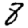
Digit: 8